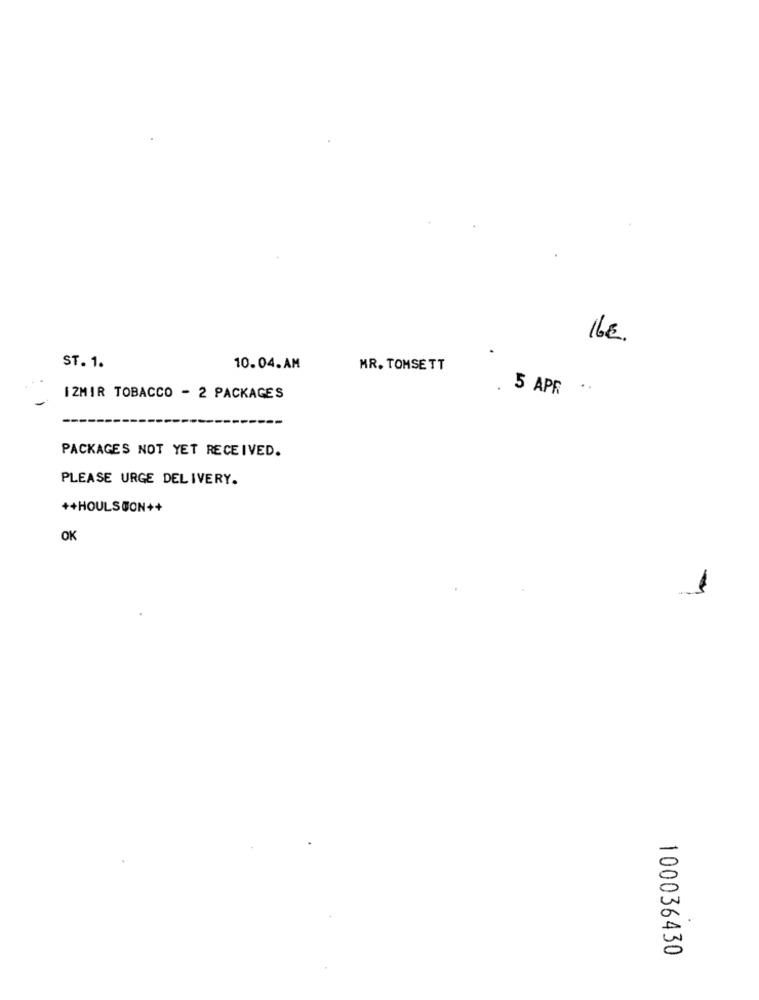
16€.
ST. 1.
10.04.AM
MR. TOMSETT
5 APR ..
IZMIR TOBACCO - 2 PACKAGES
PACKAGES NOT YET RECEIVED.
PLEASE URGE DELIVERY.
++HOULSCON++
OK
100036430